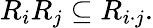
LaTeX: R_{i}R_{j}\subseteq R_{i\cdot j}.